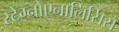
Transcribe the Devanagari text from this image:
स्टेग्नोएनालिसिस